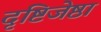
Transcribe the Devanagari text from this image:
दृष्टिजेष्ठा